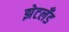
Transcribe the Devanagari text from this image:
झेटलँड